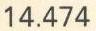
14.474